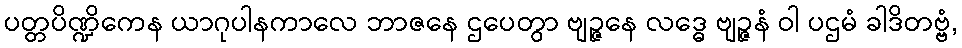
ပတ္တပိဏ္ဍိကေန ယာဂုပါနကာလေ ဘာဇနေ ဌပေတွာ ဗျဉ္ဇနေ လဒ္ဓေ ဗျဉ္ဇနံ ဝါ ပဌမံ ခါဒိတဗ္ဗံ,